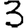
Digit: 3